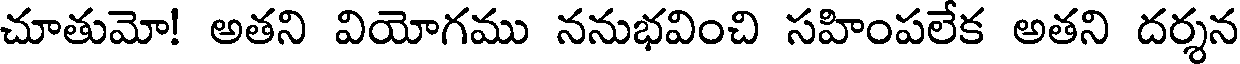
చూతుమో! అతని వియోగము ననుభవించి సహింపలేక అతని దర్శన